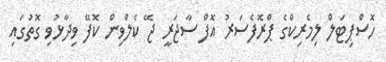
ހޮސްޕިޓަލް ލިމެރިކްގެ ޕްރޮފެސަރު އޮފް ސާޖަރީ ޖޭ ކެލްވިން ކޮފޭ ވިދާޅުވި ގޮތުގައި